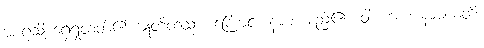
အာရုံသို့ ရှေ့ရှုတတ်၏။ ဣတိတသ္မာ၊ ကြောင့်။ နာမံ၊ မည်၏။ ဝါ၊ ကား။ နာမယတိ၊